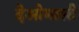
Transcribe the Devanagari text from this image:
देओमाली